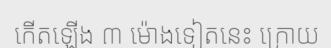
កើតឡើង ៣ ម៉ោងទៀតនេះ ក្រោយ